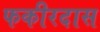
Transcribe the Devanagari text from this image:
फकीरदास